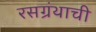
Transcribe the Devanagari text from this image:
रसग्रंथाची